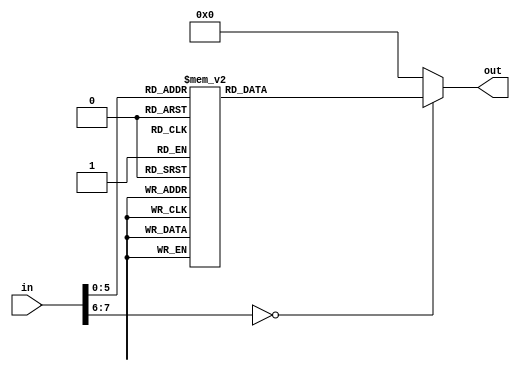
module Binary8bitTo2Binary4bit(in, out);
	input [7:0]in;
	output reg [7:0]out;
    
	always @(in) begin
  	 case(in)
  		 // [number of bits]'[base code: b, o, d, h] [value]
  		 //  						  	 gfedcba
  		 8'b00000000: out <= 8'b00000000;
  		 8'b00000001: out <= 8'b00000001;
  		 8'b00000010: out <= 8'b00000010;
  		 8'b00000011: out <= 8'b00000011;
  		 8'b00000100: out <= 8'b00000100;
  		 8'b00000101: out <= 8'b00000101;
  		 8'b00000110: out <= 8'b00000110;
  		 8'b00000111: out <= 8'b00000111;
  		 8'b00001000: out <= 8'b00001000;
  		 8'b00001001: out <= 8'b00001001;
  		 
  		 8'b00001010: out <= 8'b00010000;
  		 8'b00001011: out <= 8'b00010001;
  		 8'b00001100: out <= 8'b00010010;
  		 8'b00001101: out <= 8'b00010011;
  		 8'b00001110: out <= 8'b00010100;
  		 8'b00001111: out <= 8'b00010101;
  		 8'b00010000: out <= 8'b00010110;
  		 8'b00010001: out <= 8'b00010111;
  		 8'b00010010: out <= 8'b00011000;
  		 8'b00010011: out <= 8'b00011001;
  		 
  		 8'b00010100: out <= 8'b00100000;
  		 8'b00010101: out <= 8'b00100001;
  		 8'b00010110: out <= 8'b00100010;
  		 8'b00010111: out <= 8'b00100011;
  		 8'b00011000: out <= 8'b00100100;
  		 8'b00011001: out <= 8'b00100101;
  		 8'b00011010: out <= 8'b00100110;
  		 8'b00011011: out <= 8'b00100111;
  		 8'b00011100: out <= 8'b00101000;
  		 8'b00011101: out <= 8'b00101001;
  		 
  		 8'b00011110: out <= 8'b00110000;
  		 8'b00011111: out <= 8'b00110001;
  		 8'b00100000: out <= 8'b00110010;
  		 8'b00100001: out <= 8'b00110011;
  		 8'b00100010: out <= 8'b00110100;
  		 8'b00100011: out <= 8'b00110101;
  		 8'b00100100: out <= 8'b00110110;
  		 8'b00100101: out <= 8'b00110111;
  		 8'b00100110: out <= 8'b00111000;
  		 8'b00100111: out <= 8'b00111001;
  		 
  		 8'b00101000: out <= 8'b01000000;
  		 8'b00101001: out <= 8'b01000001;
  		 8'b00101010: out <= 8'b01000010;
  		 8'b00101011: out <= 8'b01000011;
  		 8'b00101100: out <= 8'b01000100;
  		 8'b00101101: out <= 8'b01000101;
  		 8'b00101110: out <= 8'b01000110;
  		 8'b00101111: out <= 8'b01000111;
  		 8'b00110000: out <= 8'b01001000;
  		 8'b00110001: out <= 8'b01001001;
  		 
  		 8'b00110010: out <= 8'b01010000;
  		 8'b00110011: out <= 8'b01010001;
  		 8'b00110100: out <= 8'b01010010;
  		 8'b00110101: out <= 8'b01010011;
  		 8'b00110110: out <= 8'b01010100;
  		 8'b00110111: out <= 8'b01010101;
  		 8'b00111000: out <= 8'b01010110;
  		 8'b00111001: out <= 8'b01010111;
  		 8'b00111010: out <= 8'b01011000;
  		 8'b00111011: out <= 8'b01011001;
  		 
  		 8'b00111100: out <= 8'b01100000;
  		 8'b00111101: out <= 8'b01100001;
  		 8'b00111110: out <= 8'b01100010;
  		 8'b00111111: out <= 8'b01100011;
  		 
  		 default: out <= 8'b00000000 ;
  	 endcase
	end
    
endmodule

//A conversion between 4 bit binary to a 7 segment display
//This is needed for the hex displays
module BinaryTo7Seg(in, hex_out);
	input [3:0]in;
	output reg [6:0]hex_out;
    
	always @(in) begin
  	 case(in)
  		 // [number of bits]'[base code: b, o, d, h] [value]
  		 //  						  gfedcba
  		 4'b0000: hex_out <= 7'b0111111 ;
  		 4'b0001: hex_out <= 7'b0000110 ;
  		 4'b0010: hex_out <= 7'b1011011 ;
  		 4'b0011: hex_out <= 7'b1001111 ;
  		 4'b0100: hex_out <= 7'b1100110 ;
  		 4'b0101: hex_out <= 7'b1101101 ;
  		 4'b0110: hex_out <= 7'b1111101 ;
  		 4'b0111: hex_out <= 7'b0000111 ;
  		 4'b1000: hex_out <= 7'b1111111 ;
  		 4'b1001: hex_out <= 7'b1100111 ;
  		 4'b1010: hex_out <= 7'b1110111 ;
  		 4'b1011: hex_out <= 7'b1110111 ;
  		 4'b1100: hex_out <= 7'b1111100 ;
  		 4'b1101: hex_out <= 7'b1011110 ;
  		 4'b1110: hex_out <= 7'b1111001 ;
  		 4'b1111: hex_out <= 7'b1110001 ;
  		 default: hex_out <= 7'b0000000 ;
  	 endcase
	end
    
endmodule